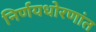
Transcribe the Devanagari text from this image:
निर्णयधोरणांत